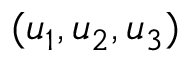
( u _ { 1 } , u _ { 2 } , u _ { 3 } )